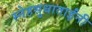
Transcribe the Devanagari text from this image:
स्नेहसुधाताईंनी